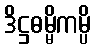
ဒိဋ္ဌဓမ္မိကမ္ပိ